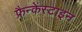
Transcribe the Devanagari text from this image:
फ्रैन्केंस्टाइन